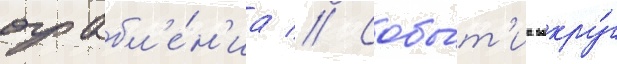
ограбл'е́н'иа // Собы́т'иа вокру́г